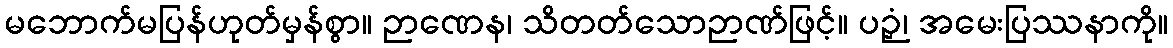
မဘောက်မပြန်ဟုတ်မှန်စွာ။ ဉာဏေန၊ သိတတ်သောဉာဏ်ဖြင့်။ ပဉှံ၊ အမေးပြဿနာကို။